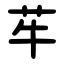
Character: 䒜